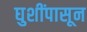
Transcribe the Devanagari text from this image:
घुशींपासून